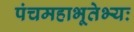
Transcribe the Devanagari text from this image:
पंचमहाभूतेभ्यः